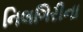
નિલગિરીના